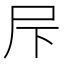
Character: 𱚲